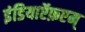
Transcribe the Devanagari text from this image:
इंडियाऍफ़एम्